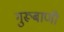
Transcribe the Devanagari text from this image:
गुरूबाणी